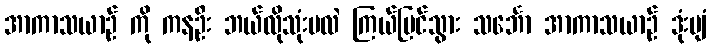
အာကာသယာဉ် ကို ကနဦး ဘယ်လိုသုံးမလဲ ကြယ်ပြင်သွား သင်္ဘော အာကာသယာဉ် ဒုံးပျံ